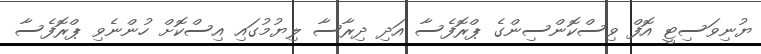
ޔުނިވަސިޓީ އޮފް ވިސްކޮންސިންގެ ޕްރޮފެސާ އަދި ދިރާސާ ލިޔުމުގައި އިސްކޮށް ހުންނެވި ޕްރޮފެސާ